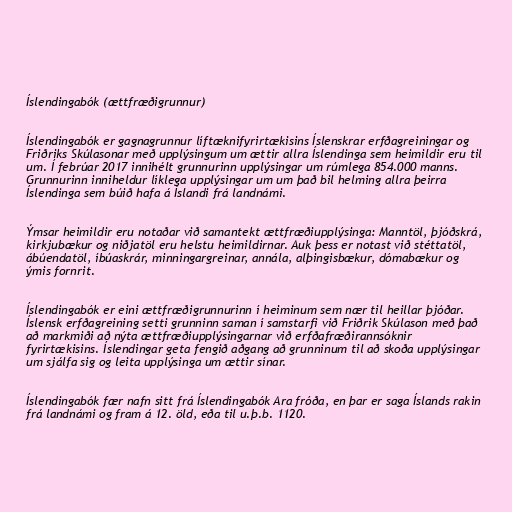
Íslendingabók (ættfræðigrunnur)

Íslendingabók er gagnagrunnur líftæknifyrirtækisins Íslenskrar erfðagreiningar og
Friðriks Skúlasonar með upplýsingum um ættir allra Íslendinga sem heimildir eru til
um. Í febrúar 2017 innihélt grunnurinn upplýsingar um rúmlega 854.000 manns.
Grunnurinn inniheldur líklega upplýsingar um um það bil helming allra þeirra
Íslendinga sem búið hafa á Íslandi frá landnámi.

Ýmsar heimildir eru notaðar við samantekt ættfræðiupplýsinga: Manntöl, þjóðskrá,
kirkjubækur og niðjatöl eru helstu heimildirnar. Auk þess er notast við stéttatöl,
ábúendatöl, íbúaskrár, minningargreinar, annála, alþingisbækur, dómabækur og
ýmis fornrit.

Íslendingabók er eini ættfræðigrunnurinn í heiminum sem nær til heillar þjóðar.
Íslensk erfðagreining setti grunninn saman í samstarfi við Friðrik Skúlason með það
að markmiði að nýta ættfræðiupplýsingarnar við erfðafræðirannsóknir
fyrirtækisins. Íslendingar geta fengið aðgang að grunninum til að skoða upplýsingar
um sjálfa sig og leita upplýsinga um ættir sínar.

Íslendingabók fær nafn sitt frá Íslendingabók Ara fróða, en þar er saga Íslands rakin
frá landnámi og fram á 12. öld, eða til u.þ.b. 1120.